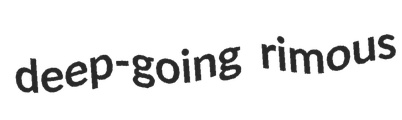
deep-going rimous